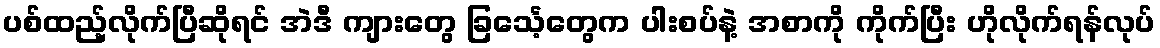
ပစ်ထည့်လိုက်ပြီဆိုရင် အဲဒီ ကျားတွေ ခြင်္သေ့တွေက ပါးစပ်နဲ့ အစာကို ကိုက်ပြီး ဟိုလိုက်ရန်လုပ်